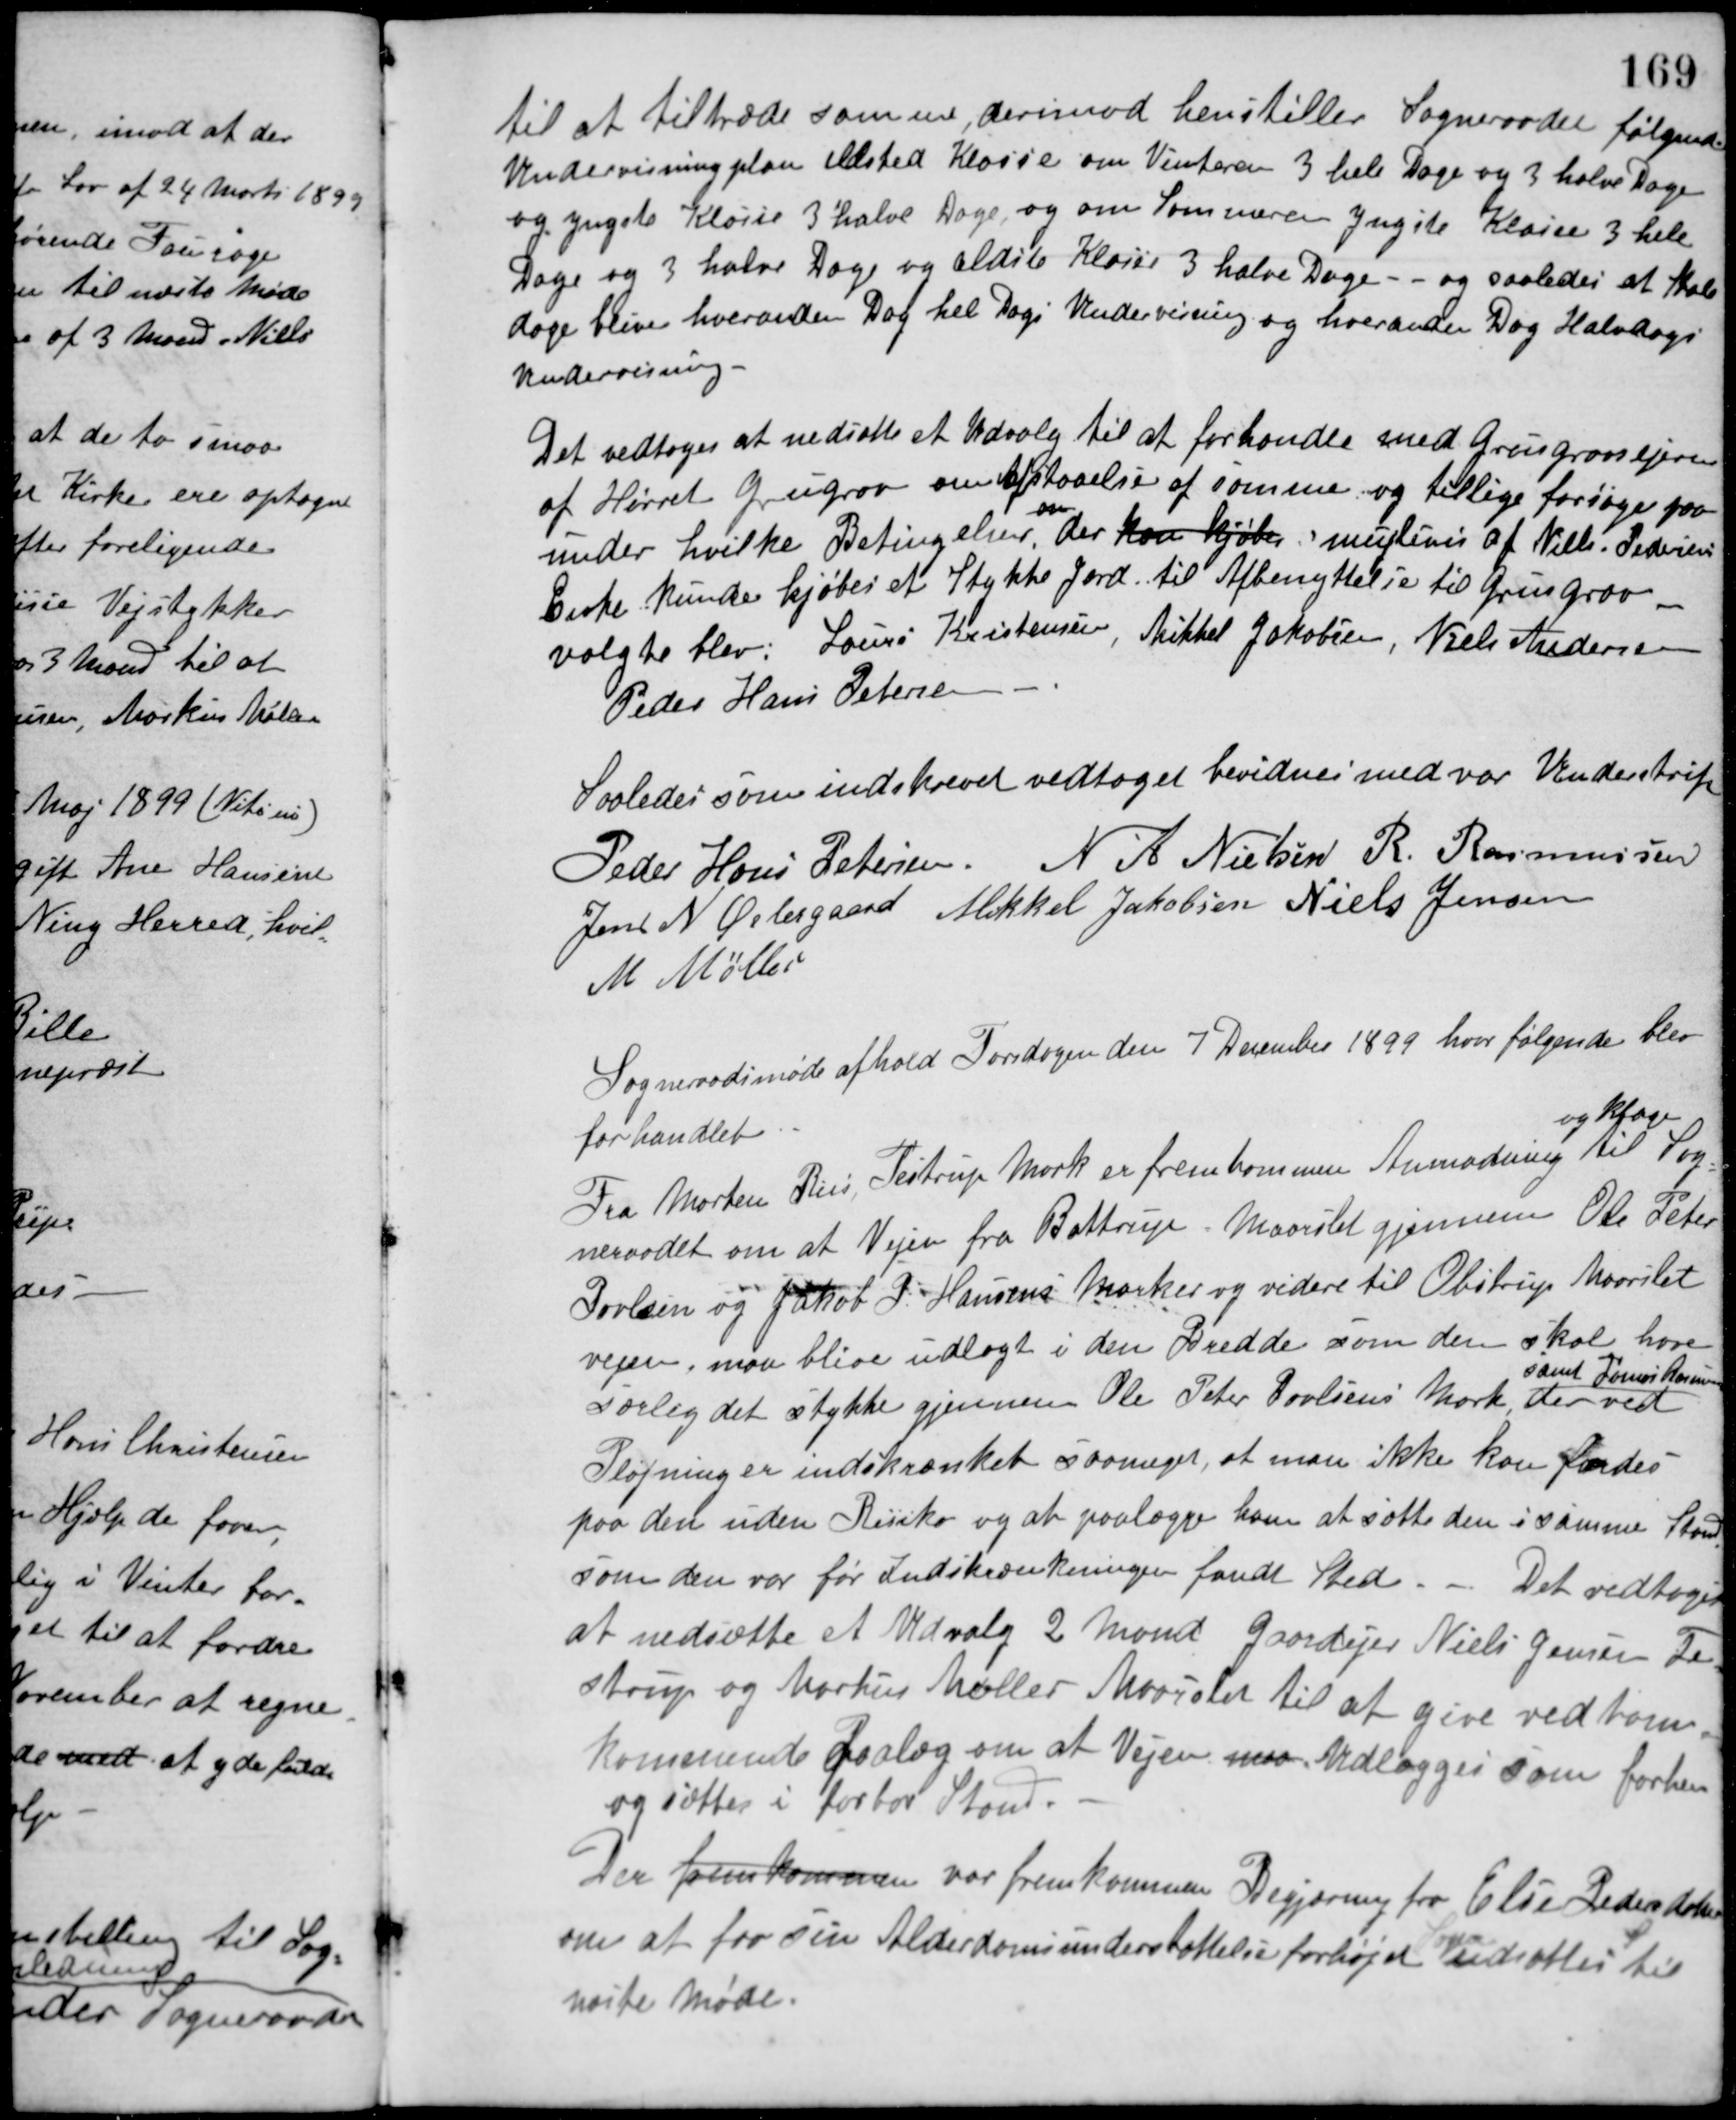
Transskription:
til at tiltræde samme, derimod henstiller Sogneraadet følgende
Undervisningplan Ælsted Klasse om Vinteren 3 hele Dage og 3 halve Dage
og yngste Klasse 3 halve Dage, og om Sommeren yngste Klasse 3 hele
Dage og 3 halve Dage og ældste Klasse 3 halve Dage - - og saaledes at Skole-
dage bliver hveranden Dag hel Dags Undervisning og hveranden Dag Halvdags
Undervisning.
Det vedtoges at nedsætte et Udvalg til at forhandle med Grusgravsejeren
af Hørret Grugrav om Afstaaelse af samme og tillige forsøge paa
under hvilke Betingelser,
om
der kan kjøbes muglivis af Niels Pedersens
Enke kunde kjøbes et Stykke Jord til Afbenyttelse til Grusgrav.
valgte blev: Laurs Kristensen, Mikkel Jakobsen, Niels Andersen,
Peder Hans Petersen.
Saaledes som indskrevet vedtaget bevidnes med vor Underskrift
Peder Hans Petersen N. A. Nielsen R. Rasmussen
Jens N. Østergaard Mikkel Jakobsen Niels Jensen
M. Møller
Sogneraadsmøde afhold Torsdagen den 7 December 1899 hvor følgende blev
forhandlet.
Fra Morten Riis, Testrup Mark er fremkommen Anmodning
og klage
til Sog-
neraadet om at Vejen fra Battrup-Maarslet gjennem Ole Peter
Povlsen og Jakob P. Hansens Marker og videre til Obstrup Maarslet
vejen, maa blive udlagt i den Bredde som den skal have
særlig det stykke gjennem Ole Peter Povlsens Mark
samt Rasmus Rasmussen
der ved
Pløjning er indskrænket saameget, at man ikke kan færdes
paa den uden Risiko og at paalægge ham at sætte den i samme Stand
som den var før Indskrænkningen fandt Sted. - Det vedtoges
at nedsætte et Udvalg 2 Mand Gaardejer Niels Jensen Te-
strup og Markus Møller Maarslet til at give vedkom-
kommende Paalæg om at Vejen maa Udlægges som forhen
og sættes i farbar Stand.
Der fremkommen var fremkommen Begjæring fra Else Pedersdatter
om at faa sin Alderdomsunderstøttelse forhøjet.
Sagen
udsættes til
næste Møde.